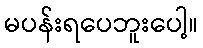
မပန်းရပေဘူးပေါ့။